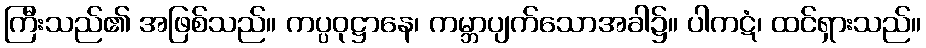
ကြီးသည်၏ အဖြစ်သည်။ ကပ္ပဝုဋ္ဌာနေ၊ ကမ္ဘာပျက်သောအခါ၌။ ပါကဋံ၊ ထင်ရှားသည်။